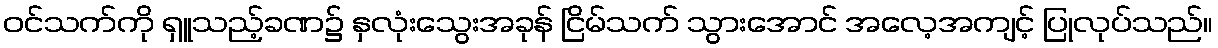
ဝင်သက်ကို ရှူသည့်ခဏ၌ နှလုံးသွေးအခုန် ငြိမ်သက် သွားအောင် အလေ့အကျင့် ပြုလုပ်သည်။